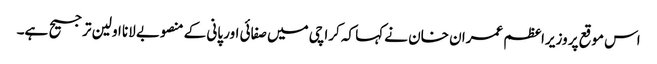
اس موقع پر وزیراعظم عمران خان نے کہا کہ کراچی میں صفائی اور پانی کے منصوبے لانا اولین ترجیح ہے۔